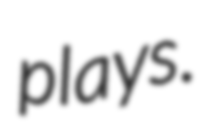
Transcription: plays.